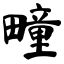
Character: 疃